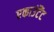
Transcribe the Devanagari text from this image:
एकाउंटैंट